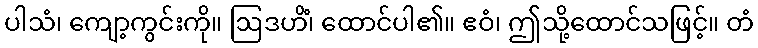
ပါသံ၊ ကျော့ကွင်းကို။ ဩဒဟိံ၊ ထောင်ပါ၏။ ဧဝံ၊ ဤသို့ထောင်သဖြင့်။ တံ